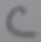
Text: C